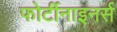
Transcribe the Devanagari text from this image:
फोर्टीनाइनर्स